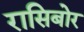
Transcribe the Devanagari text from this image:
रासिबोर